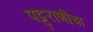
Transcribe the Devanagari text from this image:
पट्टराणीचा